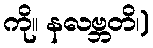
ကို။ နလဗ္ဘတိ၊)